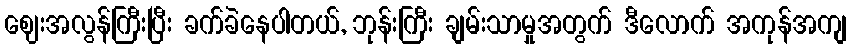
ဈေးအလွန်ကြီးပြီး ခက်ခဲနေပါတယ်, ဘုန်းကြီး ချမ်းသာမှုအတွက် ဒီလောက် အကုန်အကျ